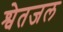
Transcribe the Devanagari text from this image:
श्वेतजल